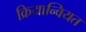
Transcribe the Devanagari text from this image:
क्रियान्वियत